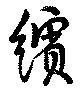
繽